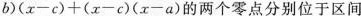
$$b)(x-c)+(x-c)(x-a)$$的两个零点分别位于区间